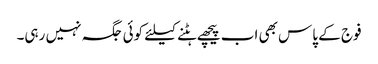
فوج کے پاس بھی اب پیچھے ہٹنے کیلئے کوئی جگہ نہیں رہی۔